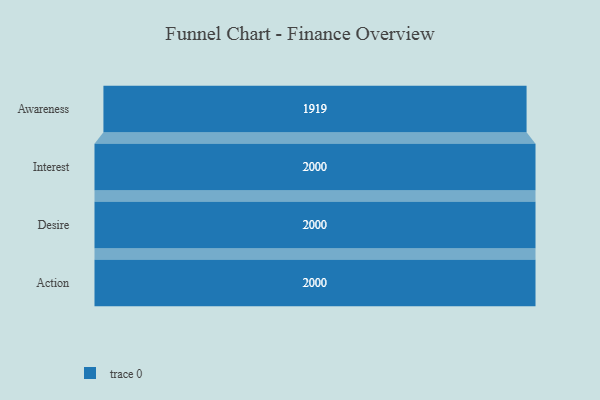
{"axis": {"x": "Stage", "y": "Value"}, "legend": [""], "data": [{"x": "Awareness", "y": 1919.0, "type": ""}, {"x": "Interest", "y": 2000, "type": ""}, {"x": "Desire", "y": 2000, "type": ""}, {"x": "Action", "y": 2000, "type": ""}]}